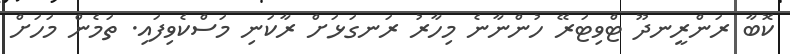
ކޮބާ ރަންރީނދޫ ޓްވިޓަރޭ ހުންނާނެ މިހާރު ރަނގަޅަށް ރާކަނި މަސްކެވިފައި. ތަމެން މަަހަށް